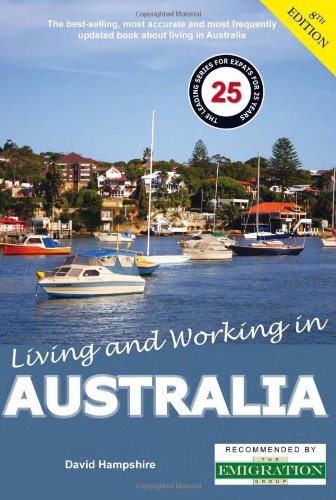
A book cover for Living and Working in Australia: A Survivial Handbook; David Hampshire; Travel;